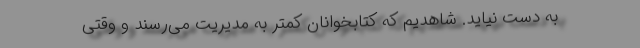
به دست نیاید. شاهدیم که کتابخوانان کمتر به مدیریت می‌رسند و وقتی